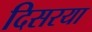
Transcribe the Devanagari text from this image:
दिसरया